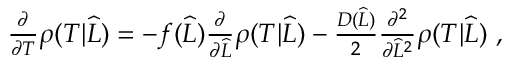
\begin{array} { r } { \frac { \partial } { \partial T } \rho ( T | \widehat { L } ) = - f ( \widehat { L } ) \frac { \partial } { \partial \widehat { L } } \rho ( T | \widehat { L } ) - \frac { D ( \widehat { L } ) } { 2 } \frac { \partial ^ { 2 } } { \partial \widehat { L } ^ { 2 } } \rho ( T | \widehat { L } ) \ , } \end{array}